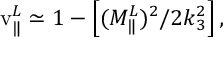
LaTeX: \mathrm { v } _ { \Vert } ^ { L } \simeq 1 - \left[ ( M _ { \Vert } ^ { L } ) ^ { 2 } / 2 k _ { 3 } ^ { 2 } \right] ,